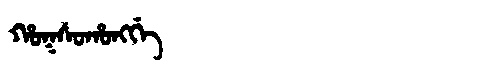
Manchu: ᡥᠣᡴᠰᠣᡥᠣᠩᡤᡝ
Romanization: HOKSOHONGGE